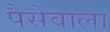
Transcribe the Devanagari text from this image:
पैसेवाला